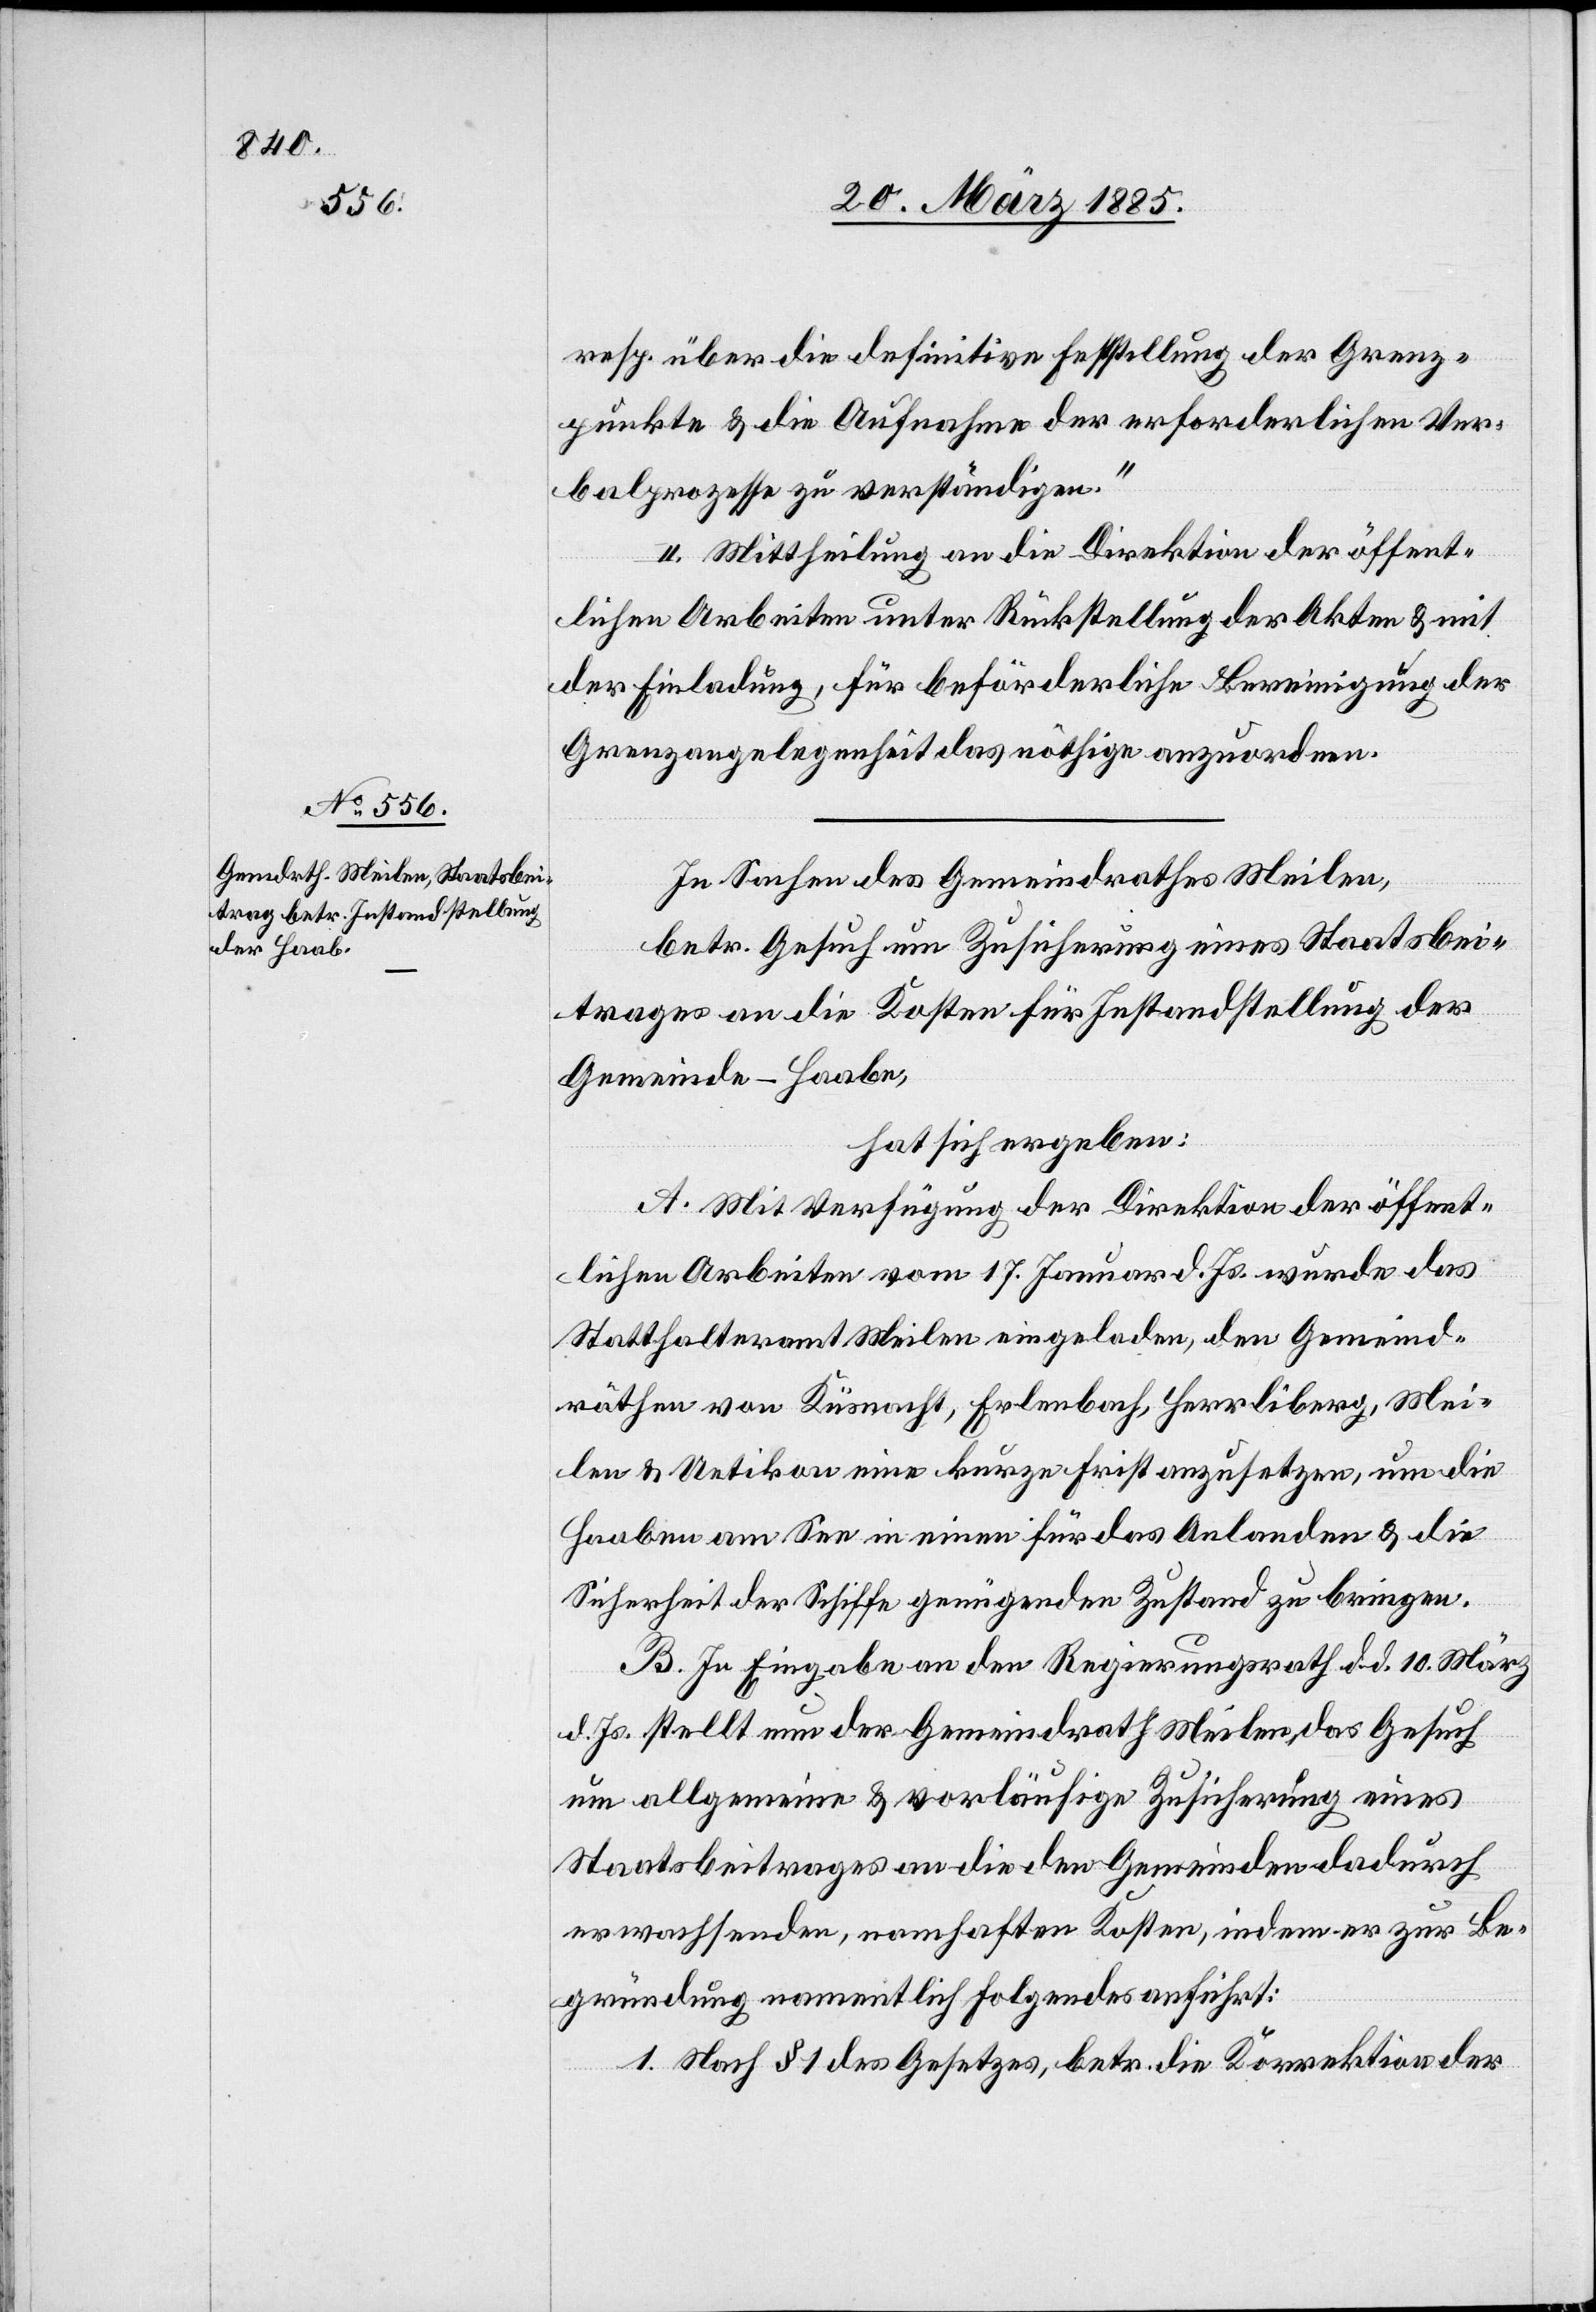
resp. über die definitive Feststellung der Grenz¬
punkte & die Aufnahme der erforderlichen Ver¬
balprozesse zu verständigen.“
II. Mittheilung an die Direktion der öffent¬
lichen Arbeiten unter Rückstellung der Akten & mit
der Einladung, für beförderliche Bereinigung der
Grenzangelegenheit das nöthige anzuordnen.
In Sachen des Gemeindrathes Meilen,
betr. Gesuch um Zusicherung eines Staatsbei¬
trages an die Kosten für Instandstellung der
Gemeinde-Haabe,
hat sich ergeben:
A. Mit Verfügung der Direktion der öffent¬
lichen Arbeiten vom 17. Januar d. Js. wurde das
Statthalteramt Meilen eingeladen, den Gemeind¬
räthen von Küsnacht, Erlenbach, Herrliberg, Mei¬
len & Uetikon eine kurze Frist anzusetzen, um die
Haaben am See in einen für das Anlanden & die
Sicherheit der Schiffe genügenden Zustand zu bringen.
B. In Eingabe an den Regierungsrath d. d. 10. März
d. Js. stellt nun der Gemeindrath Meilen, das Gesuch
um allgemeine & vorläufige Zusicherung eines
Staatsbeitrages an die den Gemeinden dadurch
erwachsenden, namhaften Kosten, indem er zur Be¬
gründung namentlich folgendes anführt:
1. Nach § 1 des Gesetzes, betr. die Korrektion der